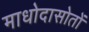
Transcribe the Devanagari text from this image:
माधोदासोतों